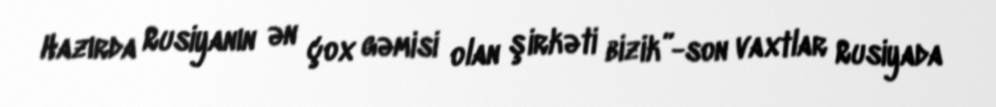
Hazırda Rusiyanın ən çox gəmisi olan şirkəti bizik”-son vaxtlar Rusiyada